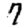
Digit: 7